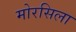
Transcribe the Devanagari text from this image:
मोरसिला